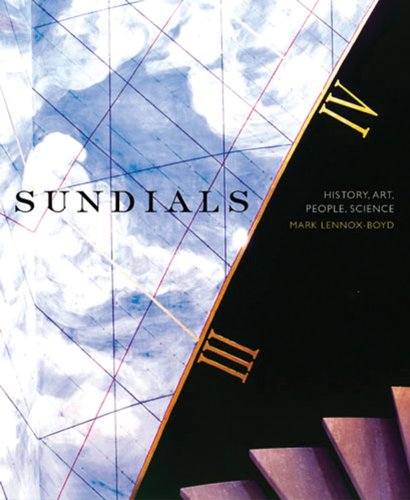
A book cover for Sundials: History, Art, People, Science; Mark Lennox-Boyd; Science & Math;